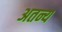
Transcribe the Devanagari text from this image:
अतन्य